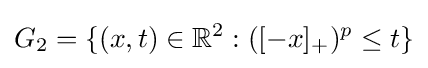
G_{2}=\{(x,t)\in \mathbb {R} ^{2}:([-x]_{+})^{p}\leq t\}